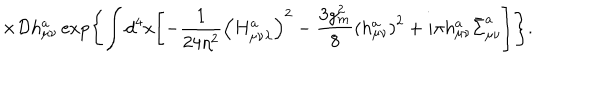
\times { \cal D } h _ { \mu \nu } ^ { a } \exp \Biggl \{ \int d ^ { 4 } x \Biggl [ - \frac { 1 } { 2 4 \eta ^ { 2 } } \left( H _ { \mu \nu \lambda } ^ { a } \right) ^ { 2 } - \frac { 3 g _ { m } ^ { 2 } } { 8 } \left( h _ { \mu \nu } ^ { a } \right) ^ { 2 } + i \pi h _ { \mu \nu } ^ { a } \bar { \Sigma } _ { \mu \nu } ^ { a } \Biggr ] \Biggr \} .